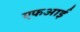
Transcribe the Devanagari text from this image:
एफआई